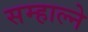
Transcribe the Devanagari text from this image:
सम्हाल्ने